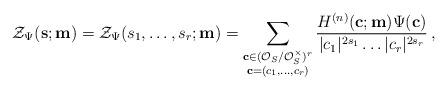
LaTeX: \begin{align*}\mathcal{Z}_{\Psi} (\mathbf{s}; \mathbf{m}) = \mathcal{Z}_{\Psi} (s_1,\ldots,s_r; \mathbf{m}) =\sum_{\substack{\mathbf{c} \in (\mathcal{O}_S / \mathcal{O}_{S}^{\times})^r \\ \mathbf{c} = (c_1, \ldots, c_r)}}\dfrac{ H^{(n)} (\mathbf{c}; \mathbf{m}) \Psi (\mathbf{c}) }{|c_{1}|^{2 s_1} \ldots |c_{r}|^{2 s_r}} \, ,\end{align*}